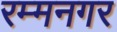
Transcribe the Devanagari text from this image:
रम्मनगर